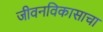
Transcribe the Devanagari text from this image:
जीवनविकासाचा